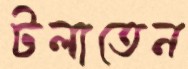
টলাতেন